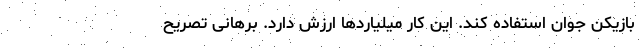
بازیکن جوان استفاده کند. این کار میلیاردها ارزش دارد. برهانی تصریح